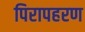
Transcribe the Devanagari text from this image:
पिरापहरण